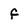
Character: f